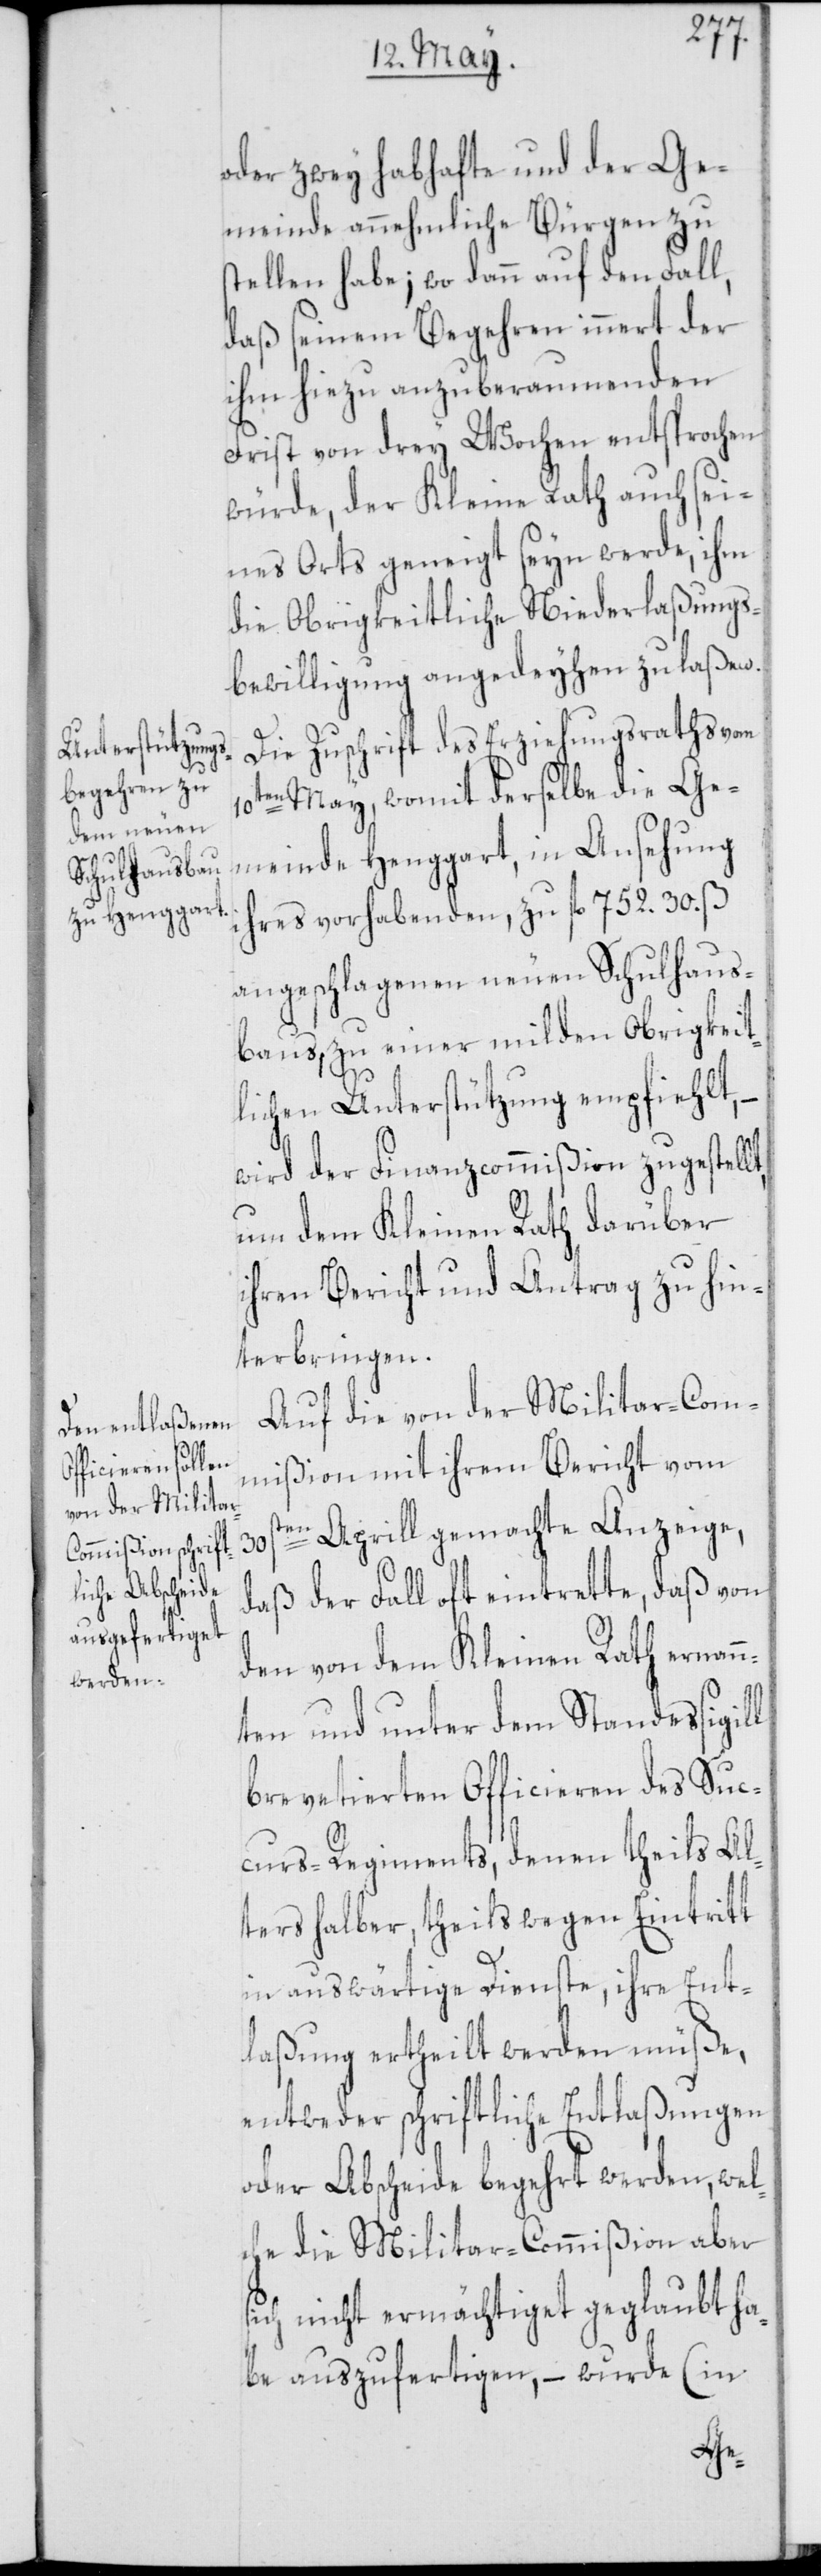
oder zwey habhafte und der Ge¬
meinde annehmliche Bürgen zu
stellen habe; wo dann auf den Fall,
daß seinem Begehren innert der
ihm hiezu anzuberaumenden
Frist von drey Wochen entsprochen
würde, der Kleine Rath auch sei¬
nes Orts geneigt seyn werde, ihm
die Obrigkeitliche Niederlaßungs¬
bewilligung angedeyhen zu laßen.
Die Zuschrift des Erziehungsraths vom
10ten May, womit derselbe die Ge¬
meinde Henggart, in Ansehung
ihres vorhabenden, zu fl. 752. 30. ß
angeschlagenen neuen Schulhaus¬
baus, zu einer milden Obrigkeit¬
lichen Unterstützung empfiehlt,
wird der Finanzcommißion zugestellt,
um dem Kleinen Rath darüber
ihren Bericht und Antrag zu hin¬
terbringen.
Auf die von der Militar-Com¬
mißion mit ihrem Bericht vom
ten Aprill gemachte Anzeige,
30s¬
daß der Fall oft eintrette, daß von
den, von dem Kleinen Rath ernann¬
ten und unter dem Standessigill
brevetierten Officieren des Suc¬
curs-Regiments, denen theils Al¬
ters halber, theils wegen Eintritt
in auswärtige Dienste, ihre Ent¬
laßung ertheilt werden müße,
entweder schriftliche Entlaßungen
oder Abscheide begehrt werden, wel¬
che die Militar-Commißion aber
sich nicht ermächtiget geglaubt ha¬
be auszufertigen, – wurde (in